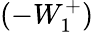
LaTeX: (-W_{1}^{+})